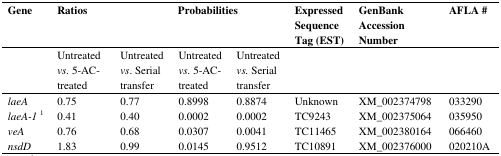
<table><thead><tr><td><b>Gene</b></td><td colspan="2"><b>Ratios</b></td><td colspan="3"><b>Probabilities </b></td><td><b>Expressed Sequence Tag (EST)</b></td><td><b>GenBank Accession Number</b></td><td><b>AFLA #</b></td></tr></thead><tbody><tr><td></td><td>Untreated<i>vs.</i> 5-AC-treated</td><td colspan="2">Untreated<i>vs</i>. Serial transfer</td><td>Untreated<i>vs.</i> 5-AC-treated</td><td>Untreated<i>vs.</i> Serial transfer</td><td></td><td></td><td></td></tr><tr><td><i>laeA</i></td><td>0.75</td><td colspan="2">0.77</td><td>0.8998</td><td>0.8874</td><td>Unknown</td><td>XM_002374798</td><td>033290</td></tr><tr><td><i>laeA-1</i><sup>1</sup></td><td>0.41</td><td colspan="2">0.40</td><td>0.0002</td><td>0.0002</td><td>TC9243</td><td>XM_002375064</td><td>035950</td></tr><tr><td><i>veA</i></td><td>0.76</td><td colspan="2">0.68</td><td>0.0307</td><td>0.0041</td><td>TC11465</td><td>XM_002380164</td><td>066460</td></tr><tr><td><i>nsdD</i></td><td>1.83</td><td colspan="2">0.99</td><td>0.0145</td><td>0.9512</td><td>TC10891</td><td>XM_002376000</td><td>020210A</td></tr></tbody></table>